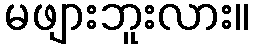
မဖျားဘူးလား။